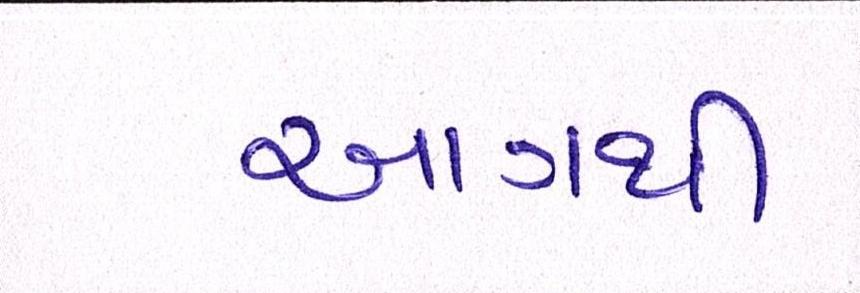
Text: આગથી